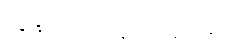
ကျွန်တော်ပြန်လာခဲ့ပါ့မယ်